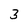
Character: 3